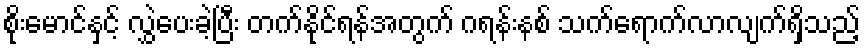
စိုးမောင်နှင့် လွှဲပေးခဲ့ပြီး တက်နိုင်ရန်အတွက် ဂရန်းနစ် သက်ရောက်လာလျက်ရှိသည့်